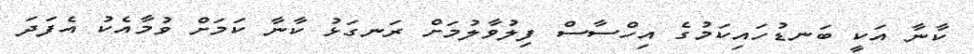
ކާނާ އަކީ ބަނޑުހައިކަމުގެ އިހްސާސް ފިލުވާލުމަށް ރަނގަޅު ކާނާ ކަމަށް ވުމާއެކު އެފަދަ